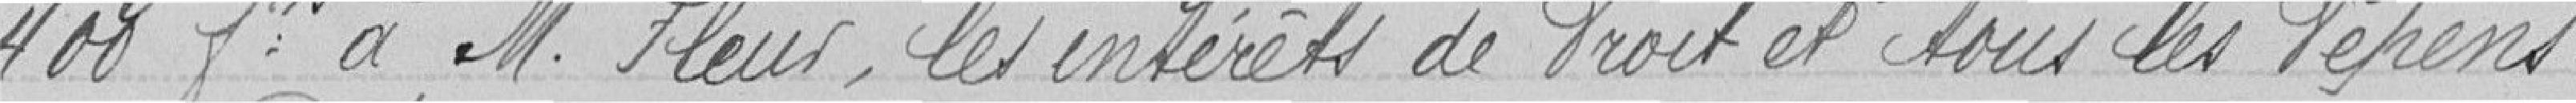
400 francs à Monsieur Fleur, les intérêts de droit et tous les dépens.